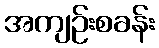
အကျဉ်းစခန်း